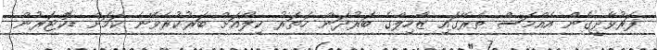
ފަރުވާދީގެން އެއްމަސް ތެރޭގައި ޒާހިލްގެ ބަރުދަން ހަތަރު ކިލޯއަށް ބަރުކުރެވޭނެ ކަމަށް ޑޮކްޓަރުން